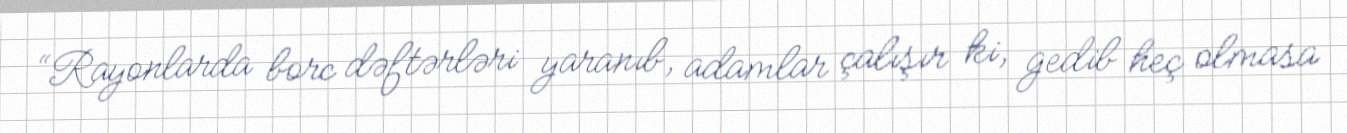
“Rayonlarda borc dəftərləri yaranıb, adamlar çalışır ki, gedib heç olmasa